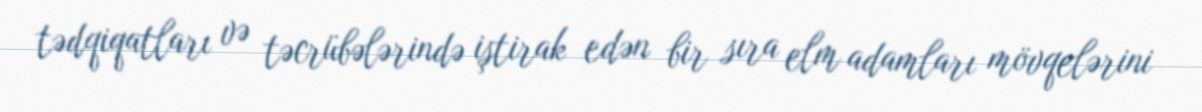
tədqiqatları və təcrübələrində iştirak edən bir sıra elm adamları mövqelərini